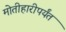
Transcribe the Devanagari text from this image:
मोतीहारीपर्यंत